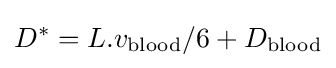
D^{*}=L.v_{\text{blood}}/6+D_{\text{blood}}